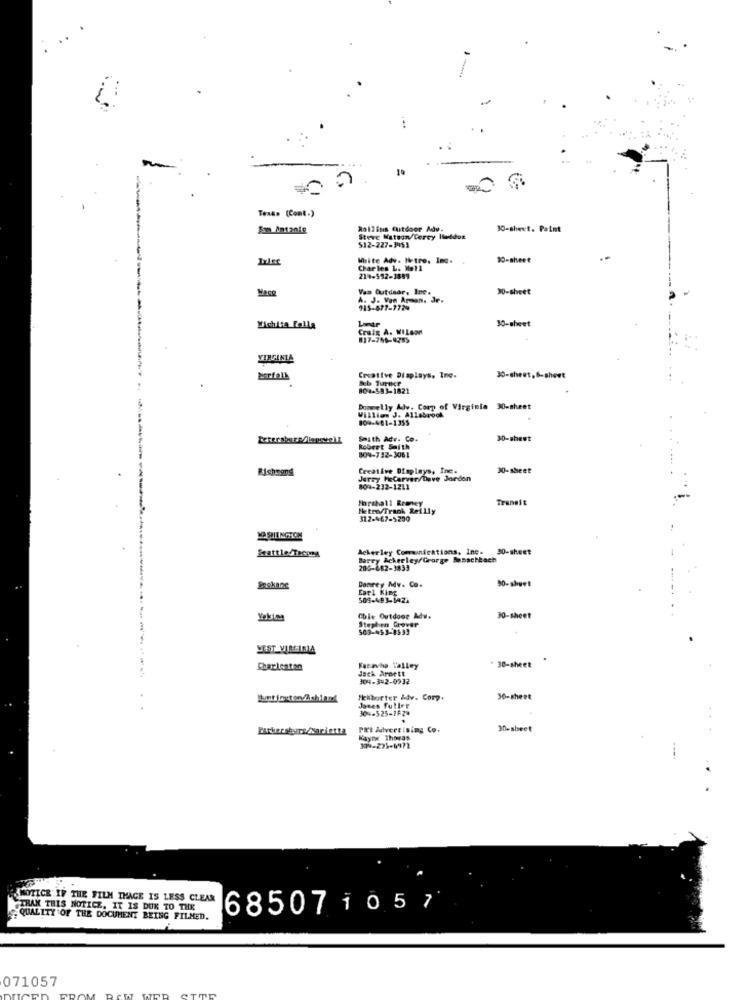
...
10
Texas (Cont.)
Som Antanie
Rollins Outdoor Adv.
30-sheet. Paint
Steve Watson/Cercy Hleddos
$12-227-3953
Write Adv. Notre. Ind.
30-sheet
Charles L. Hell
214-592-1589
Van Cutdaar, Ine.
30-sheet
A. J. Von Armon, Je.
915-877-1729
30-sheet
Wichita Falls
Craig A. WILson
VIRGINIA
Norfolk
Creative Displays, Inc.
30-sheet,6-showt
804-593-1821
Donnelly Adv. Corp of Virginia 30-sheet
800-481-1355
Willian J. Allabrock
Smith Adv. Co.
30-sheet
Robert Smith
809-732-3061
Richmond
Creative Displays, Inc.
30-sheet
Jerry HeCarver/Dave Jorden
809-232-1211
Transit
Hetry/Trank Reilly
31 2-467-5200
Seattle/Tecons
Acker ley Communications, Inc. 30-sheet
Barry Ackerley/George Banschbach
200-682-3833
Conrey Mv. Co.
50- sheet
Earl King
509-483-1424
Chie Outdoor Adw.
Stephen Grover
30-sheet
503-453-4533
WEST VIRGINIA
Charlestan
Jack Areett
Faravhp Talley
30-sheet
304-3-2-0932
feitorter &dv. Corp.
30- sheet
304-525-1F28
Janes Fuller
Parker skurs/Marietta
PRI Advertising Co.
30-sheet
Wayne Thomas
NOTICE IF THE FILM IMAGE IS LESS CLEAR
STRAX THIS NOTICE, IT IS DUE TO THE
68507 1057
QUALITY OF THE DOCUMENT BEING FILMED.
071057